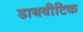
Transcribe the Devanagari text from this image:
डायबीटिक